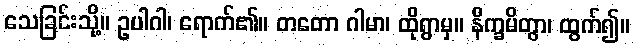
သေခြင်းသို့။ ဥပါဂါ၊ ရောက်၏။ တတော ဂါမာ၊ ထိုရွာမှ။ နိက္ခမိတွာ၊ ထွက်၍။